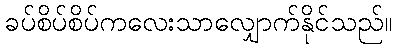
ခပ်စိပ်စိပ်ကလေးသာလျှောက်နိုင်သည်။